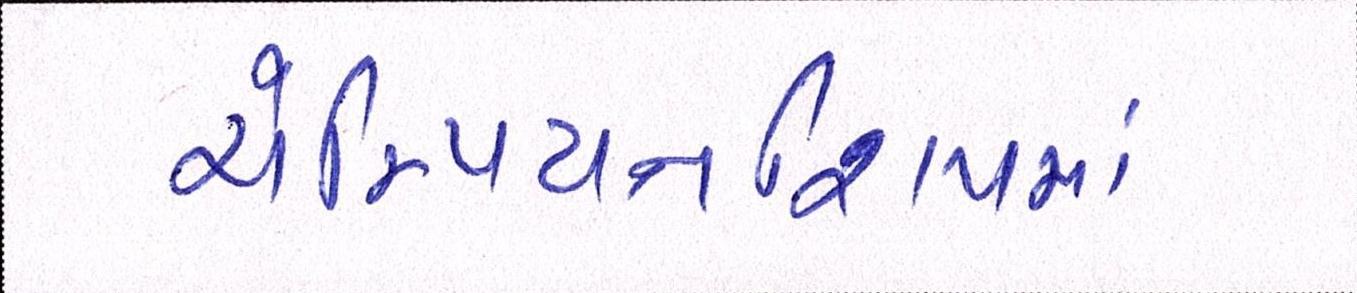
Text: ચેમ્પિયનશિપમાં